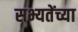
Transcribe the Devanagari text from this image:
सभ्यतेंच्या